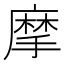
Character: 摩